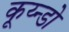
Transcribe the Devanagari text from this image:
कूय्न्डो